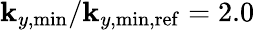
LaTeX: \mathbf{k}_{y,\mathrm{{min}}}/\mathbf{k}_{y,\mathrm{{min,ref}}}=2.0